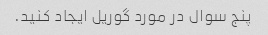
پنج سوال در مورد گوریل ایجاد کنید.